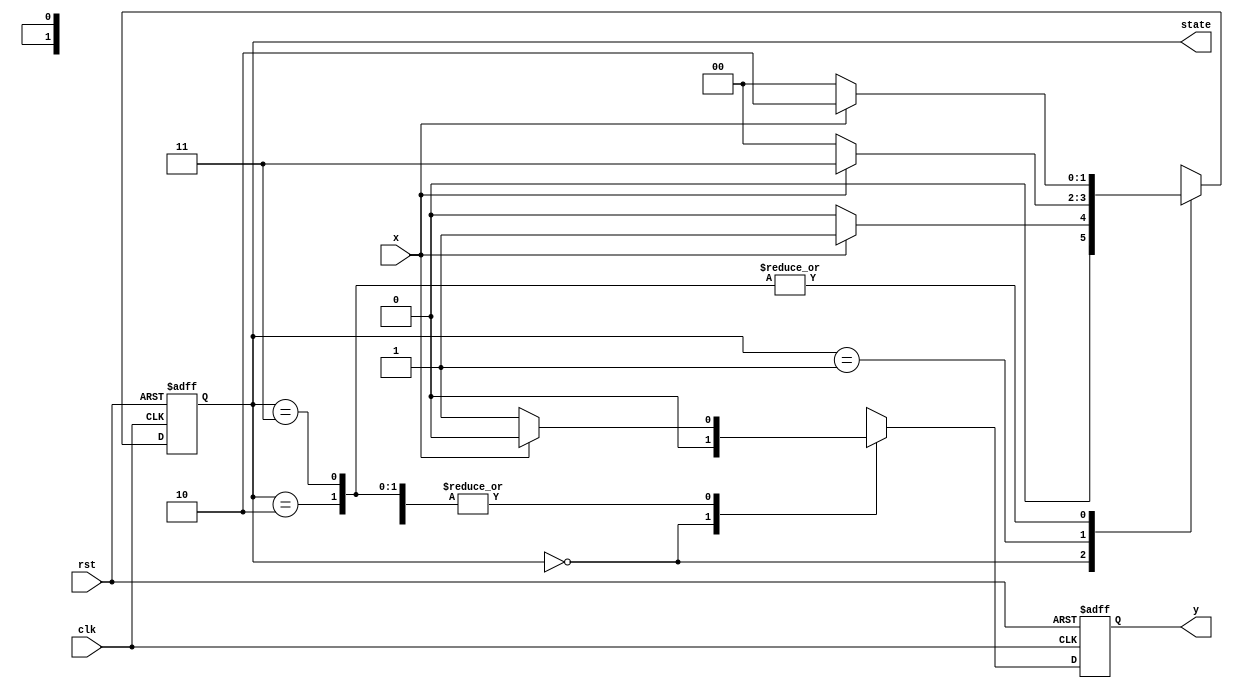
module SM1(clk, rst, x, y, state);

input clk, rst, x;
output reg [1:0] state;
output reg y;

always @(negedge rst or posedge clk) begin
    if(!rst) state <= 2'b00;
    else begin
        case(state)
            2'b00: state <= x ? 2'b01 : 2'b00;
            2'b01: state <= x ? 2'b11 : 2'b00;
            2'b10: state <= x ? 2'b10 : 2'b00;
            2'b11: state <= x ? 2'b10 : 2'b00;
        endcase
    end
end
always @(negedge rst or posedge clk) begin
    if(!rst) y <= 0;
    else begin
        case(state)
            2'b00: y <= 1'b0;
            2'b01: y <= x ? 1'b0 : 1'b1;
            2'b10: y <= x ? 1'b0 : 1'b1;
            2'b11: y <= x ? 1'b0 : 1'b1;
        endcase
    end
end
endmodule